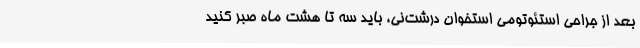
بعد از جراحی استئوتومی استخوان درشت‌نی، باید سه تا هشت ماه صبر کنید